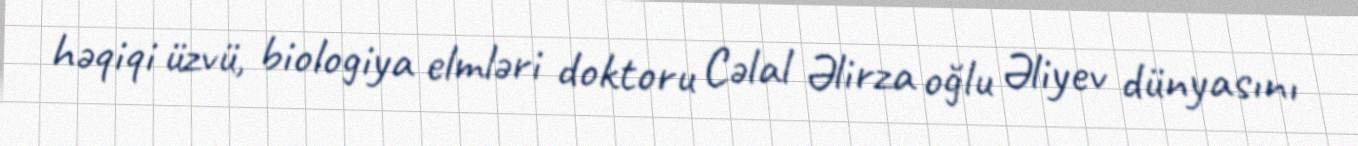
həqiqi üzvü, biologiya elmləri doktoru Cəlal Əlirza oğlu Əliyev dünyasını